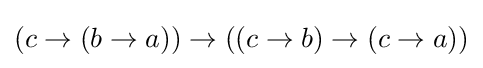
(c\to (b\to a))\to ((c\to b)\to (c\to a))